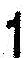
1